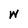
Character: W